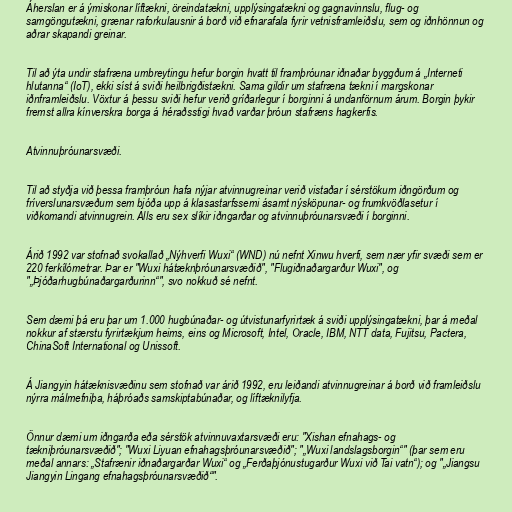
Áherslan er á ýmiskonar líftækni, öreindatækni, upplýsingatækni og gagnavinnslu, flug- og
samgöngutækni, grænar raforkulausnir á borð við efnarafala fyrir vetnisframleiðslu, sem og iðnhönnun og
aðrar skapandi greinar.

Til að ýta undir stafræna umbreytingu hefur borgin hvatt til framþróunar iðnaðar byggðum á „Interneti
hlutanna“ (IoT), ekki síst á sviði heilbrigðistækni. Sama gildir um stafræna tækni í margskonar
iðnframleiðslu. Vöxtur á þessu sviði hefur verið gríðarlegur í borginni á undanförnum árum. Borgin þykir
fremst allra kínverskra borga á héraðsstigi hvað varðar þróun stafræns hagkerfis.

Atvinnuþróunarsvæði.

Til að styðja við þessa framþróun hafa nýjar atvinnugreinar verið vistaðar í sérstökum iðngörðum og
fríverslunarsvæðum sem bjóða upp á klasastarfssemi ásamt nýsköpunar- og frumkvöðlasetur í
viðkomandi atvinnugrein. Alls eru sex slíkir iðngarðar og atvinnuþróunarsvæði í borginni.

Árið 1992 var stofnað svokallað „Nýhverfi Wuxi“ (WND) nú nefnt Xinwu hverfi, sem nær yfir svæði sem er
220 ferkílómetrar. Þar er "Wuxi hátæknþróunarsvæðið", "Flugiðnaðargarður Wuxi", og
"„Þjóðarhugbúnaðargarðurinn“", svo nokkuð sé nefnt.

Sem dæmi þá eru þar um 1.000 hugbúnaðar- og útvistunarfyrirtæk á sviði upplýsingatækni, þar á meðal
nokkur af stærstu fyrirtækjum heims, eins og Microsoft, Intel, Oracle, IBM, NTT data, Fujitsu, Pactera,
ChinaSoft International og Unissoft.

Á Jiangyin hátæknisvæðinu sem stofnað var árið 1992, eru leiðandi atvinnugreinar á borð við framleiðslu
nýrra málmefniþa, háþróaðs samskiptabúnaðar, og líftæknilyfja.

Önnur dæmi um iðngarða eða sérstök atvinnuvaxtarsvæði eru: "Xishan efnahags- og
tækniþróunarsvæðið"; "Wuxi Liyuan efnahagsþróunarsvæðið"; "„Wuxi landslagsborgin“" (þar sem eru
meðal annars: „Stafrænir iðnaðargarðar Wuxi“ og „Ferðaþjónustugarður Wuxi við Tai vatn“); og "„Jiangsu
Jiangyin Lingang efnahagsþróunarsvæðið“".